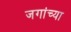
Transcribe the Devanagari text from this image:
जगांच्या